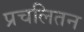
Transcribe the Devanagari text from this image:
प्रचलितन